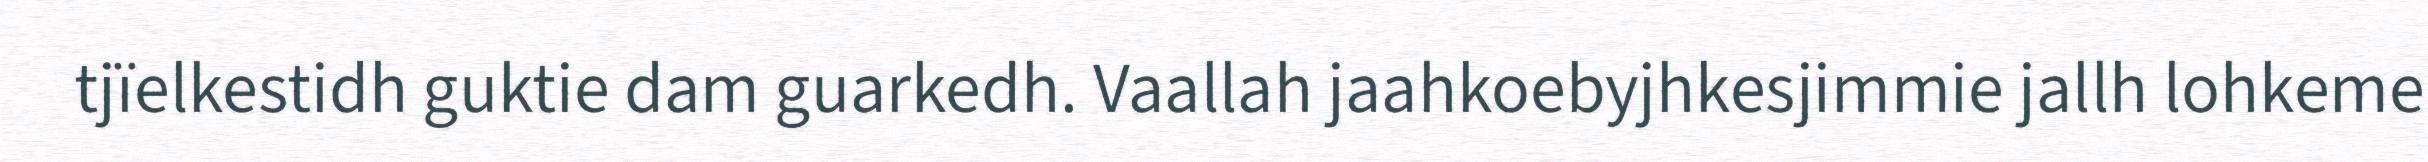
tjïelkestidh guktie dam guarkedh. Vaallah jaahkoebyjhkesjimmie jallh lohkeme